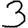
Digit: 3